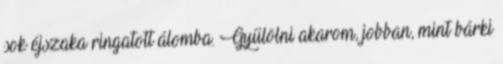
sok éjszaka ringatott álomba. Gyűlölni akarom, jobban, mint bárki